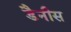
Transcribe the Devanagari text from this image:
डैनीस